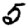
Digit: 5